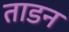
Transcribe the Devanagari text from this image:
ताडन